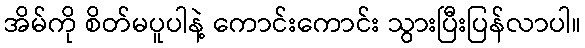
အိမ်ကို စိတ်မပူပါနဲ့ ကောင်းကောင်း သွားပြီးပြန်လာပါ။